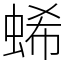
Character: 䖷